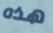
هذه